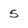
Character: 5